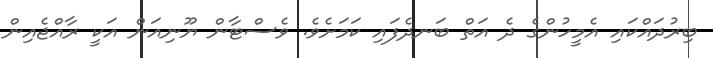
ބިރުދައްކައި އެމީހުންގެ ދެ އަތް ބަނދެފައި ކަމަށެވެ. ވެސްޓާން ޔޫނިއަން އަކީ ރާއްޖެއިން